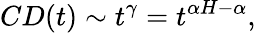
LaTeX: CD(t)\sim t^{\gamma}=t^{\alpha H-\alpha},